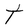
Character: t